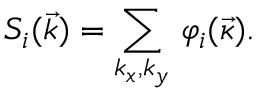
S _ { i } ( \vec { k } ) = \sum _ { k _ { x } , k _ { y } } \, \varphi _ { i } ( \vec { \kappa } ) .